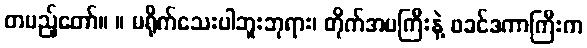
တပည့်တော်။ ။ မရိုက်သေးပါဘူးဘုရား၊ တိုက်အမကြီးနဲ့ ဖခင်ဒကာကြီးက